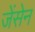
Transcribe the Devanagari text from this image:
जेंसेन